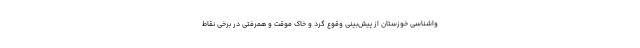
واشناسی خوزستان از پیش‌بینی وقوع گرد و خاک موقت و همرفتی در برخی نقاط